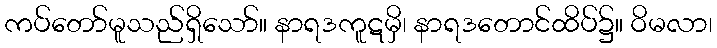
ကပ်တော်မူသည်ရှိသော်။ နာရဒကူဋမှိ၊ နာရဒတောင်ထိပ်၌။ ဝိမလာ၊